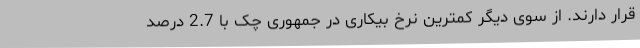
قرار دارند. از سوی دیگر کمترین نرخ بیکاری در جمهوری چک با 2.7 درصد